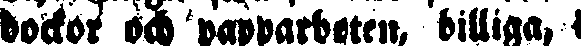
dockor papparbeten, billiga!, i